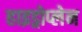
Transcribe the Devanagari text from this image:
हाइड्रोप्लेन